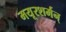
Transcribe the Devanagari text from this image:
मयूरशर्मन्